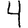
Digit: 4